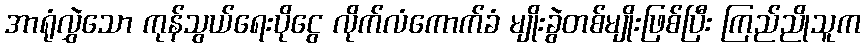
အာရုံလွှဲသော ကုန်သွယ်ရေးပိုငွေ လိုက်လံကောက်ခံ မျိုးခွဲတစ်မျိုးဖြစ်ပြီး ကြည်ညိုသူက